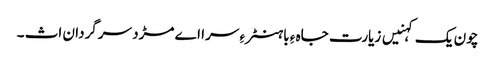
چون یک کہنیں زیارت جاہ ءِ باہنٹر ءِ سرا اے مڑد سرگردان اث ۔